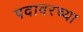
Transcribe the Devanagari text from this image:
पदावरच्या